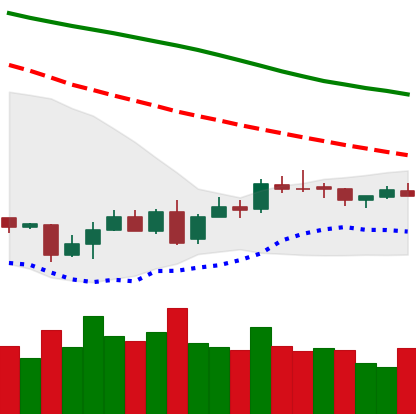
Ticker: XMR-USD
Chart end date: 2018-07-09
Forward return: -9.22%
Label: down_7plus